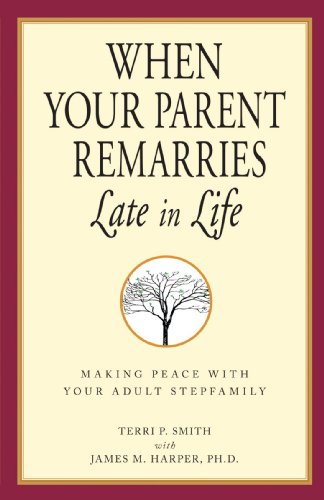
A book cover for When Your Parent Remarries Late In Life: Making Peace With Your Adult Stepfamily; Terri Smith; Parenting & Relationships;